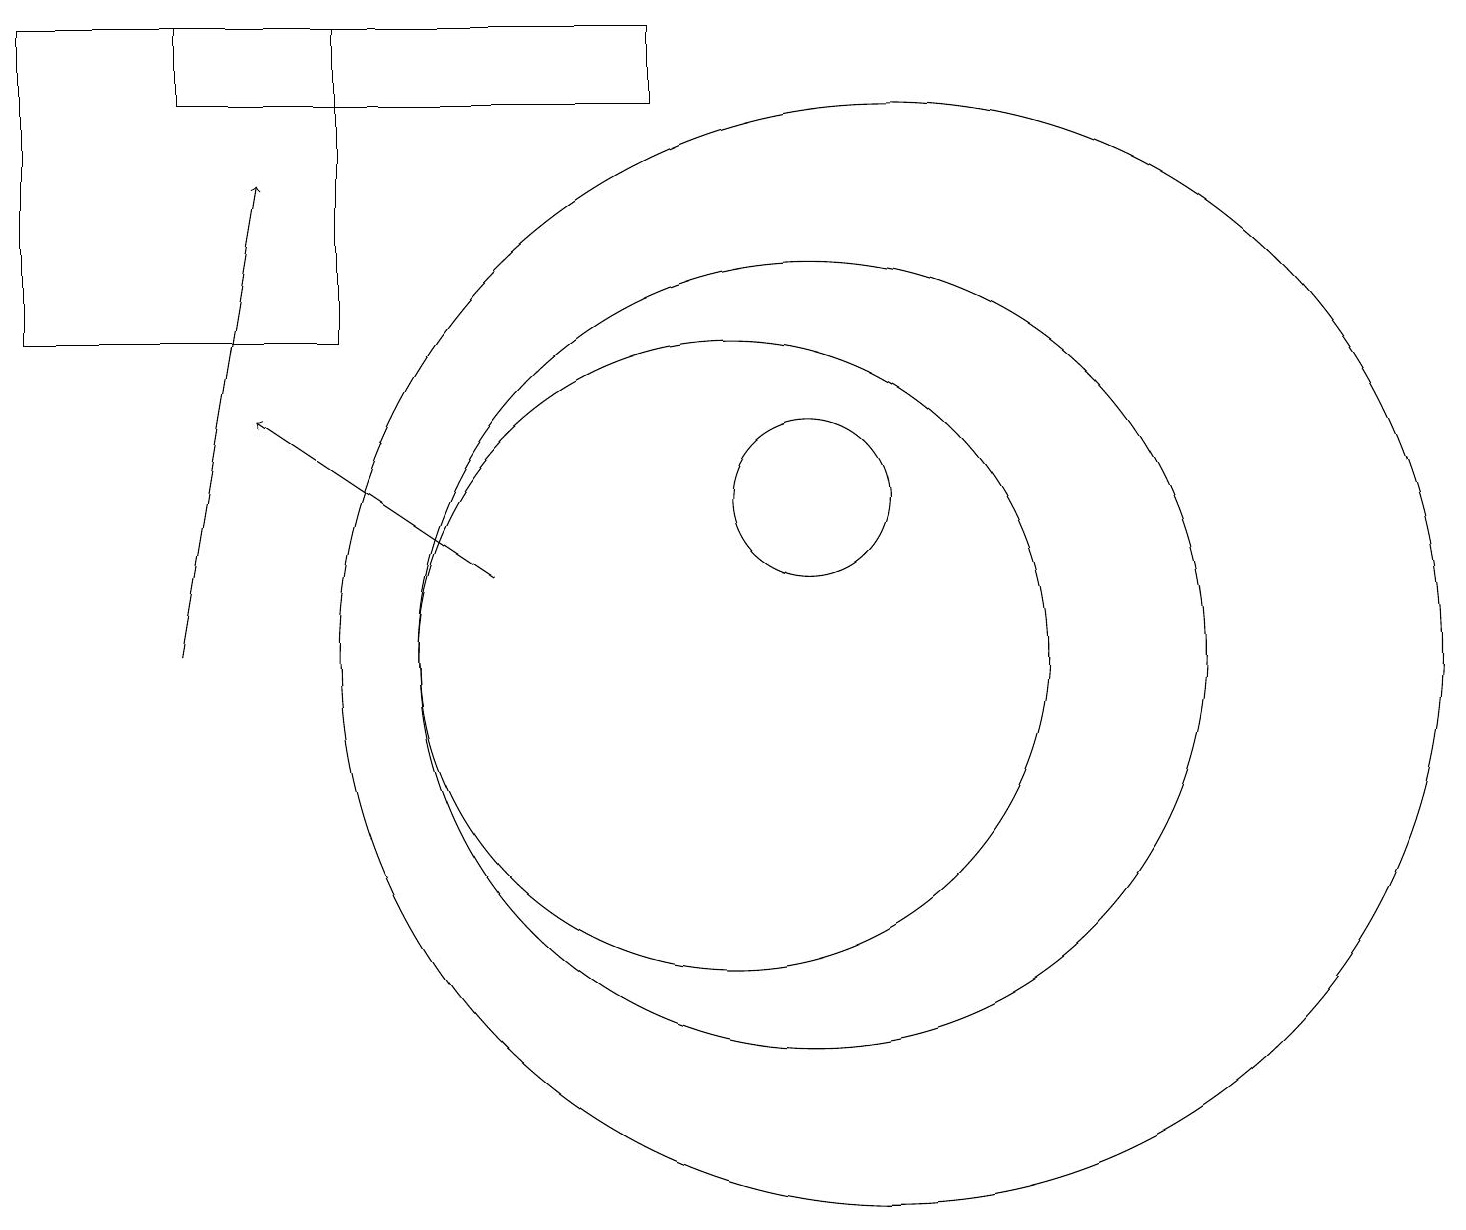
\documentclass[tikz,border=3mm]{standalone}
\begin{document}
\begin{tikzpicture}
\draw (5,18) rectangle (1,14);
\draw (12,10) circle (7);
\draw (11,12) circle (1);
\draw[->] (7,11) -- (4,13);
\draw (11,10) circle (5);
\draw[->] (3,10) -- (4,16);
\draw (3,17) rectangle (9,18);
\draw (10,10) circle (4);
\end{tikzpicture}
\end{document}